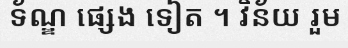
ទ័ណ្ឌ ផ្សេង ទៀត ។ វិន័យ រួម